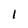
Character: 1